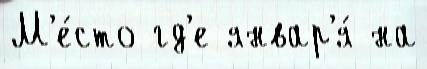
М'е́сто гд'е январ'я́ на